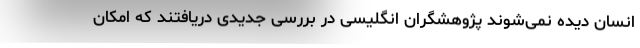
انسان دیده نمی‌شوند پژوهشگران انگلیسی در بررسی جدیدی دریافتند که امکان